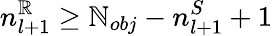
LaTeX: n_{l+1}^{\mathbb{R}}\ge\mathbb{N}_{obj}-n_{l+1}^{S}+1